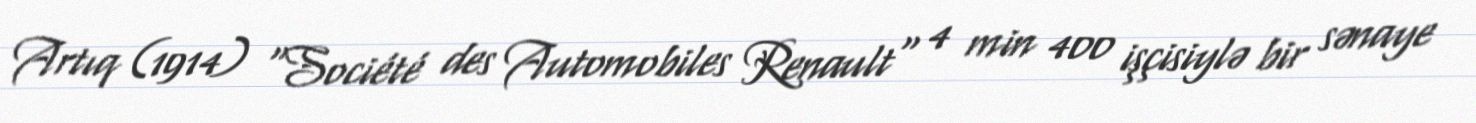
Artıq (1914) "Société des Automobiles Renault" 4 min 400 işçisiylə bir sənaye